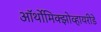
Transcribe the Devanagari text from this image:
ऑर्थोमिक्झोव्हायरीडे